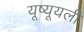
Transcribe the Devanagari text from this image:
यूष्यूयली